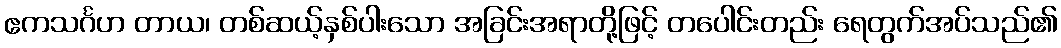
ဧကသင်္ဂဟ တာယ၊ တစ်ဆယ့်နှစ်ပါးသော အခြင်းအရာတို့ဖြင့် တပေါင်းတည်း ရေတွက်အပ်သည်၏